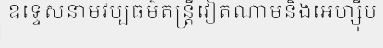
ឧទ្ទេសនាមវប្បធម៌តន្ត្រីវៀតណាមនិងអេហ្ស៊ីប